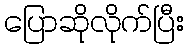
ပြောဆိုလိုက်ပြီး